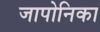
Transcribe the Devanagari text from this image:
जापोनिका